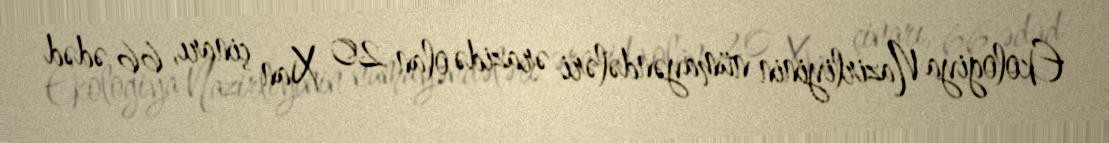
Ekologiya Nazirliyinin nümayəndələri ərazidə olan 20 Xan çinarı, 66 ədəd